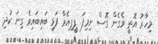
މިހާރު އޮތީ ވެގެން ގޮސް ނިމިފަ. ޕީޕިއެމް ފަޅި ބައިބައިވެ ގިނަ ކުދި